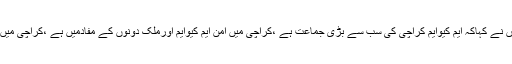
نجی ٹی وی سے گفتگوکرتے ہوئے انہوں نے کہاکہ ایم کیوایم کراچی کی سب سے بڑی جماعت ہے ،کراچی میں امن ایم کیوایم اورملک دونوں کے مفادمیں ہے ،کراچی میں قیام امن کیلئے آپریشن کامطالبہ خودکیا۔